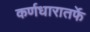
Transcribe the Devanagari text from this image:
कर्णधारातर्फे